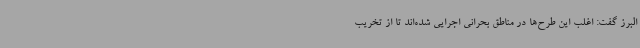
البرز گفت: اغلب این طرح‌ها در مناطق بحرانی اجرایی شده‌اند تا از تخریب